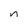
Character: n